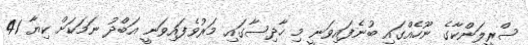
ސްރީލަންކާގެ ނޫހެއްގައި ބުނެފައިވަނީ މި ހާދިސާގައި މަރުވެފައިވަނީ އަބްދު ނަމަކަށް ކިޔާ 41